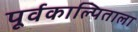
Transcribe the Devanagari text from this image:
पूर्वकाल्पिताला